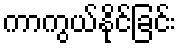
ကာကွယ်နိုင်ခြင်း